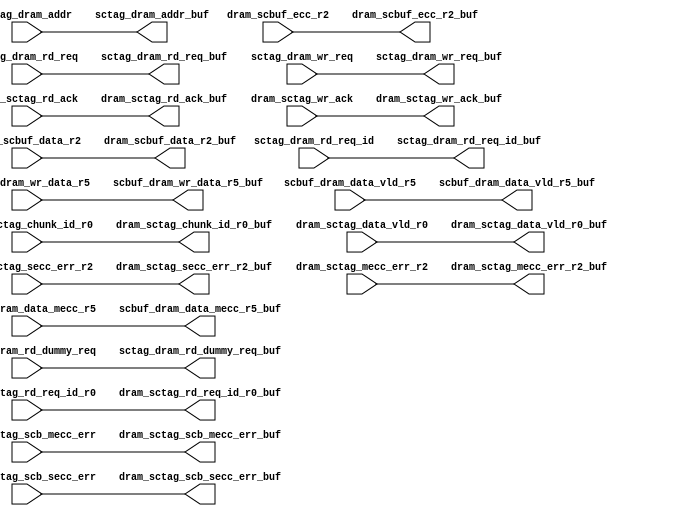
module dram_sc_3_rep2(
   dram_scbuf_data_r2_buf, dram_scbuf_ecc_r2_buf, 
   scbuf_dram_wr_data_r5_buf, scbuf_dram_data_vld_r5_buf, 
   scbuf_dram_data_mecc_r5_buf, sctag_dram_rd_req_buf, 
   sctag_dram_rd_dummy_req_buf, sctag_dram_rd_req_id_buf, 
   sctag_dram_addr_buf, sctag_dram_wr_req_buf, dram_sctag_rd_ack_buf, 
   dram_sctag_wr_ack_buf, dram_sctag_chunk_id_r0_buf, 
   dram_sctag_data_vld_r0_buf, dram_sctag_rd_req_id_r0_buf, 
   dram_sctag_secc_err_r2_buf, dram_sctag_mecc_err_r2_buf, 
   dram_sctag_scb_mecc_err_buf, dram_sctag_scb_secc_err_buf, 
   dram_scbuf_data_r2, dram_scbuf_ecc_r2, scbuf_dram_wr_data_r5, 
   scbuf_dram_data_vld_r5, scbuf_dram_data_mecc_r5, 
   sctag_dram_rd_req, sctag_dram_rd_dummy_req, sctag_dram_rd_req_id, 
   sctag_dram_addr, sctag_dram_wr_req, dram_sctag_rd_ack, 
   dram_sctag_wr_ack, dram_sctag_chunk_id_r0, dram_sctag_data_vld_r0, 
   dram_sctag_rd_req_id_r0, dram_sctag_secc_err_r2, 
   dram_sctag_mecc_err_r2, dram_sctag_scb_mecc_err, 
   dram_sctag_scb_secc_err
   );
   input [127:0]        dram_scbuf_data_r2;
   input [27:0]         dram_scbuf_ecc_r2;
   output [127:0]       dram_scbuf_data_r2_buf;
   output [27:0]        dram_scbuf_ecc_r2_buf;
   input [63:0]         scbuf_dram_wr_data_r5;
   input                scbuf_dram_data_vld_r5;
   input                scbuf_dram_data_mecc_r5;
   output [63:0]        scbuf_dram_wr_data_r5_buf;
   output               scbuf_dram_data_vld_r5_buf;
   output               scbuf_dram_data_mecc_r5_buf;
   input        sctag_dram_rd_req;
   input        sctag_dram_rd_dummy_req;
   input [2:0]  sctag_dram_rd_req_id;
   input [39:5] sctag_dram_addr;
   input        sctag_dram_wr_req;
   output       sctag_dram_rd_req_buf;
   output       sctag_dram_rd_dummy_req_buf;
   output [2:0] sctag_dram_rd_req_id_buf;
   output [39:5]        sctag_dram_addr_buf;
   output       sctag_dram_wr_req_buf;
input                   dram_sctag_rd_ack;
input                   dram_sctag_wr_ack;
input  [1:0]            dram_sctag_chunk_id_r0;
input                   dram_sctag_data_vld_r0;
input  [2:0]            dram_sctag_rd_req_id_r0;
input                   dram_sctag_secc_err_r2 ;
input                   dram_sctag_mecc_err_r2 ;
input                   dram_sctag_scb_mecc_err;
input                   dram_sctag_scb_secc_err;
output                   dram_sctag_rd_ack_buf;
output                   dram_sctag_wr_ack_buf;
output  [1:0]            dram_sctag_chunk_id_r0_buf;
output                   dram_sctag_data_vld_r0_buf;
output  [2:0]            dram_sctag_rd_req_id_r0_buf;
output                   dram_sctag_secc_err_r2_buf ;
output                   dram_sctag_mecc_err_r2_buf ;
output                   dram_sctag_scb_mecc_err_buf;
output                   dram_sctag_scb_secc_err_buf;
assign	dram_scbuf_data_r2_buf = dram_scbuf_data_r2 ;
assign	dram_scbuf_ecc_r2_buf = dram_scbuf_ecc_r2 ;
assign	scbuf_dram_wr_data_r5_buf = scbuf_dram_wr_data_r5 ;
assign	scbuf_dram_data_vld_r5_buf = scbuf_dram_data_vld_r5 ;
assign	scbuf_dram_data_mecc_r5_buf = scbuf_dram_data_mecc_r5 ;
assign  dram_sctag_rd_ack_buf = dram_sctag_rd_ack ;
assign  dram_sctag_wr_ack_buf = dram_sctag_wr_ack ;
assign  dram_sctag_chunk_id_r0_buf = dram_sctag_chunk_id_r0 ;
assign  dram_sctag_data_vld_r0_buf = dram_sctag_data_vld_r0;
assign  dram_sctag_rd_req_id_r0_buf = dram_sctag_rd_req_id_r0;
assign  dram_sctag_secc_err_r2_buf = dram_sctag_secc_err_r2;
assign  dram_sctag_mecc_err_r2_buf = dram_sctag_mecc_err_r2;
assign     dram_sctag_scb_mecc_err_buf = dram_sctag_scb_mecc_err;
assign     dram_sctag_scb_secc_err_buf = dram_sctag_scb_secc_err;
   assign       sctag_dram_rd_req_buf =  sctag_dram_rd_req ;
   assign       sctag_dram_rd_dummy_req_buf = sctag_dram_rd_dummy_req ;
   assign sctag_dram_rd_req_id_buf = sctag_dram_rd_req_id ;
   assign         sctag_dram_addr_buf = sctag_dram_addr ;
   assign       sctag_dram_wr_req_buf = sctag_dram_wr_req ;
endmodule